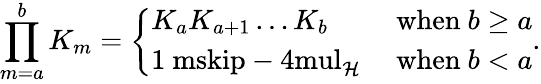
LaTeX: \prod_{m=a}^{b}K_{m}=\left\{ \begin{array}{ll}{K_{a}K_{a+1}\ldots K_{b}}&{\mathrm{~when~}b\geq a}\\ {{\mathchoice{\mathrm{1\ mskip-4mul}}{\mathrm{1\ mskip-4mul}}{\mathrm{1\ mskip-4.5mul}}{\mathrm{1\ mskip-5mul}}}_{\mathcal{H}}}&{\mathrm{~when~}b<a}\end{array}\right..